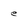
Character: e